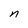
Character: n